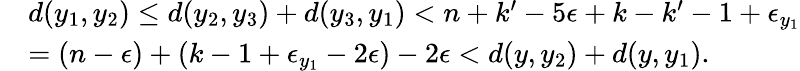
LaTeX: \begin{array}{rl}&{d(y_{1},y_{2})\leq d(y_{2},y_{3})+d(y_{3},y_{1})<n+k^{\prime}-5\epsilon+k-k^{\prime}-1+\epsilon_{y_{1}}}\\ &{=(n-\epsilon)+(k-1+\epsilon_{y_{1}}-2\epsilon)-2\epsilon<d(y,y_{2})+d(y,y_{1}).}\end{array}